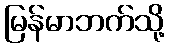
မြန်မာဘက်သို့